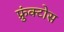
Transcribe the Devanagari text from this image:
फ्रुंक्टोस